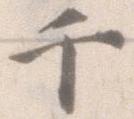
千